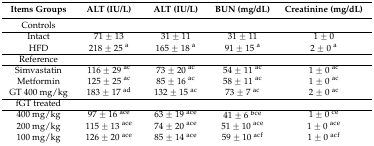
| Items Groups | ALT (IU/L) | ALT (IU/L) | BUN (mg/dL) | Creatinine (mg/dL) |
 | --- | --- | --- | --- | --- |
 | Controls |  |  |  |  |
 | Intact | 71 ± 13 | 31 ± 11 | 31 ± 11 | 1 ± 0 |
 | HFD | 218 ± 25 a | 165 ± 18 a | 91 ± 15 a | 2 ± 0 a |
 | Reference |  |  |  |  |
 | Simvastatin | 116 ± 29 ac | 73 ± 20 ac | 54 ± 11 ac | 1 ± 0 ac |
 | Metformin | 125 ± 25 ac | 85 ± 16 ac | 58 ± 11 ac | 1 ± 0 ac |
 | GT 400 mg/kg | 183 ± 17 ad | 132 ± 15 ac | 73 ± 7 ac | 2 ± 0 ac |
 | fGT treated |  |  |  |  |
 | 400 mg/kg | 97 ± 16 ace | 63 ± 19 ace | 41 ± 6 bce | 1 ± 0 ce |
 | 200 mg/kg | 115 ± 13 ace | 74 ± 20 ace | 51 ± 10 ace | 1 ± 0 ace |
 | 100 mg/kg | 126 ± 20 ace | 85 ± 14 ace | 59 ± 10 acf | 1 ± 0 acf |